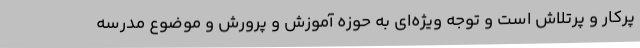
پرکار و پرتلاش است و توجه ویژه‌ای به حوزه آموزش و پرورش و موضوع مدرسه